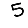
Digit: 5